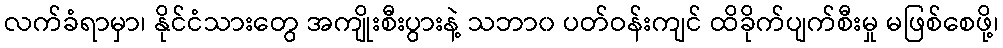
လက်ခံရာမှာ၊ နိုင်ငံသားတွေ အကျိုးစီးပွားနဲ့ သဘာ၀ ပတ်ဝန်းကျင် ထိခိုက်ပျက်စီးမှု မဖြစ်စေဖို့၊